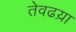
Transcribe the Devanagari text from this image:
तेवढय़ा